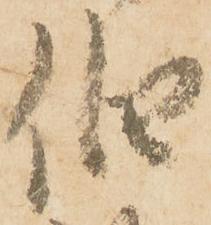
伯